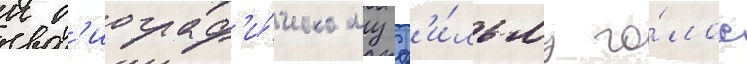
к б'иограф'и́ческому ф'и́льму го́лос